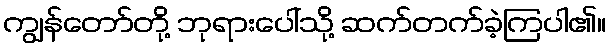
ကျွန်တော်တို့ ဘုရားပေါ်သို့ ဆက်တက်ခဲ့ကြပါ၏။